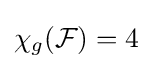
\chi _{g}({\mathcal {F}})=4